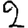
Digit: 2